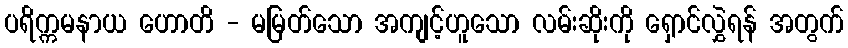
ပရိက္ကမနာယ ဟောတိ - မမြတ်သော အကျင့်ဟူသော လမ်းဆိုးကို ရှောင်လွှဲရန် အတွက်